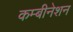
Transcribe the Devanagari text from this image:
कम्बीनेशन